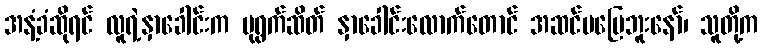
အနံ့ခံဆိုရင် လူရဲ့နှာခေါင်းက ပုရွက်ဆိတ် နှာခေါင်းလောက်တောင် အဆင်မပြေဘူးနော်၊ သူတို့က